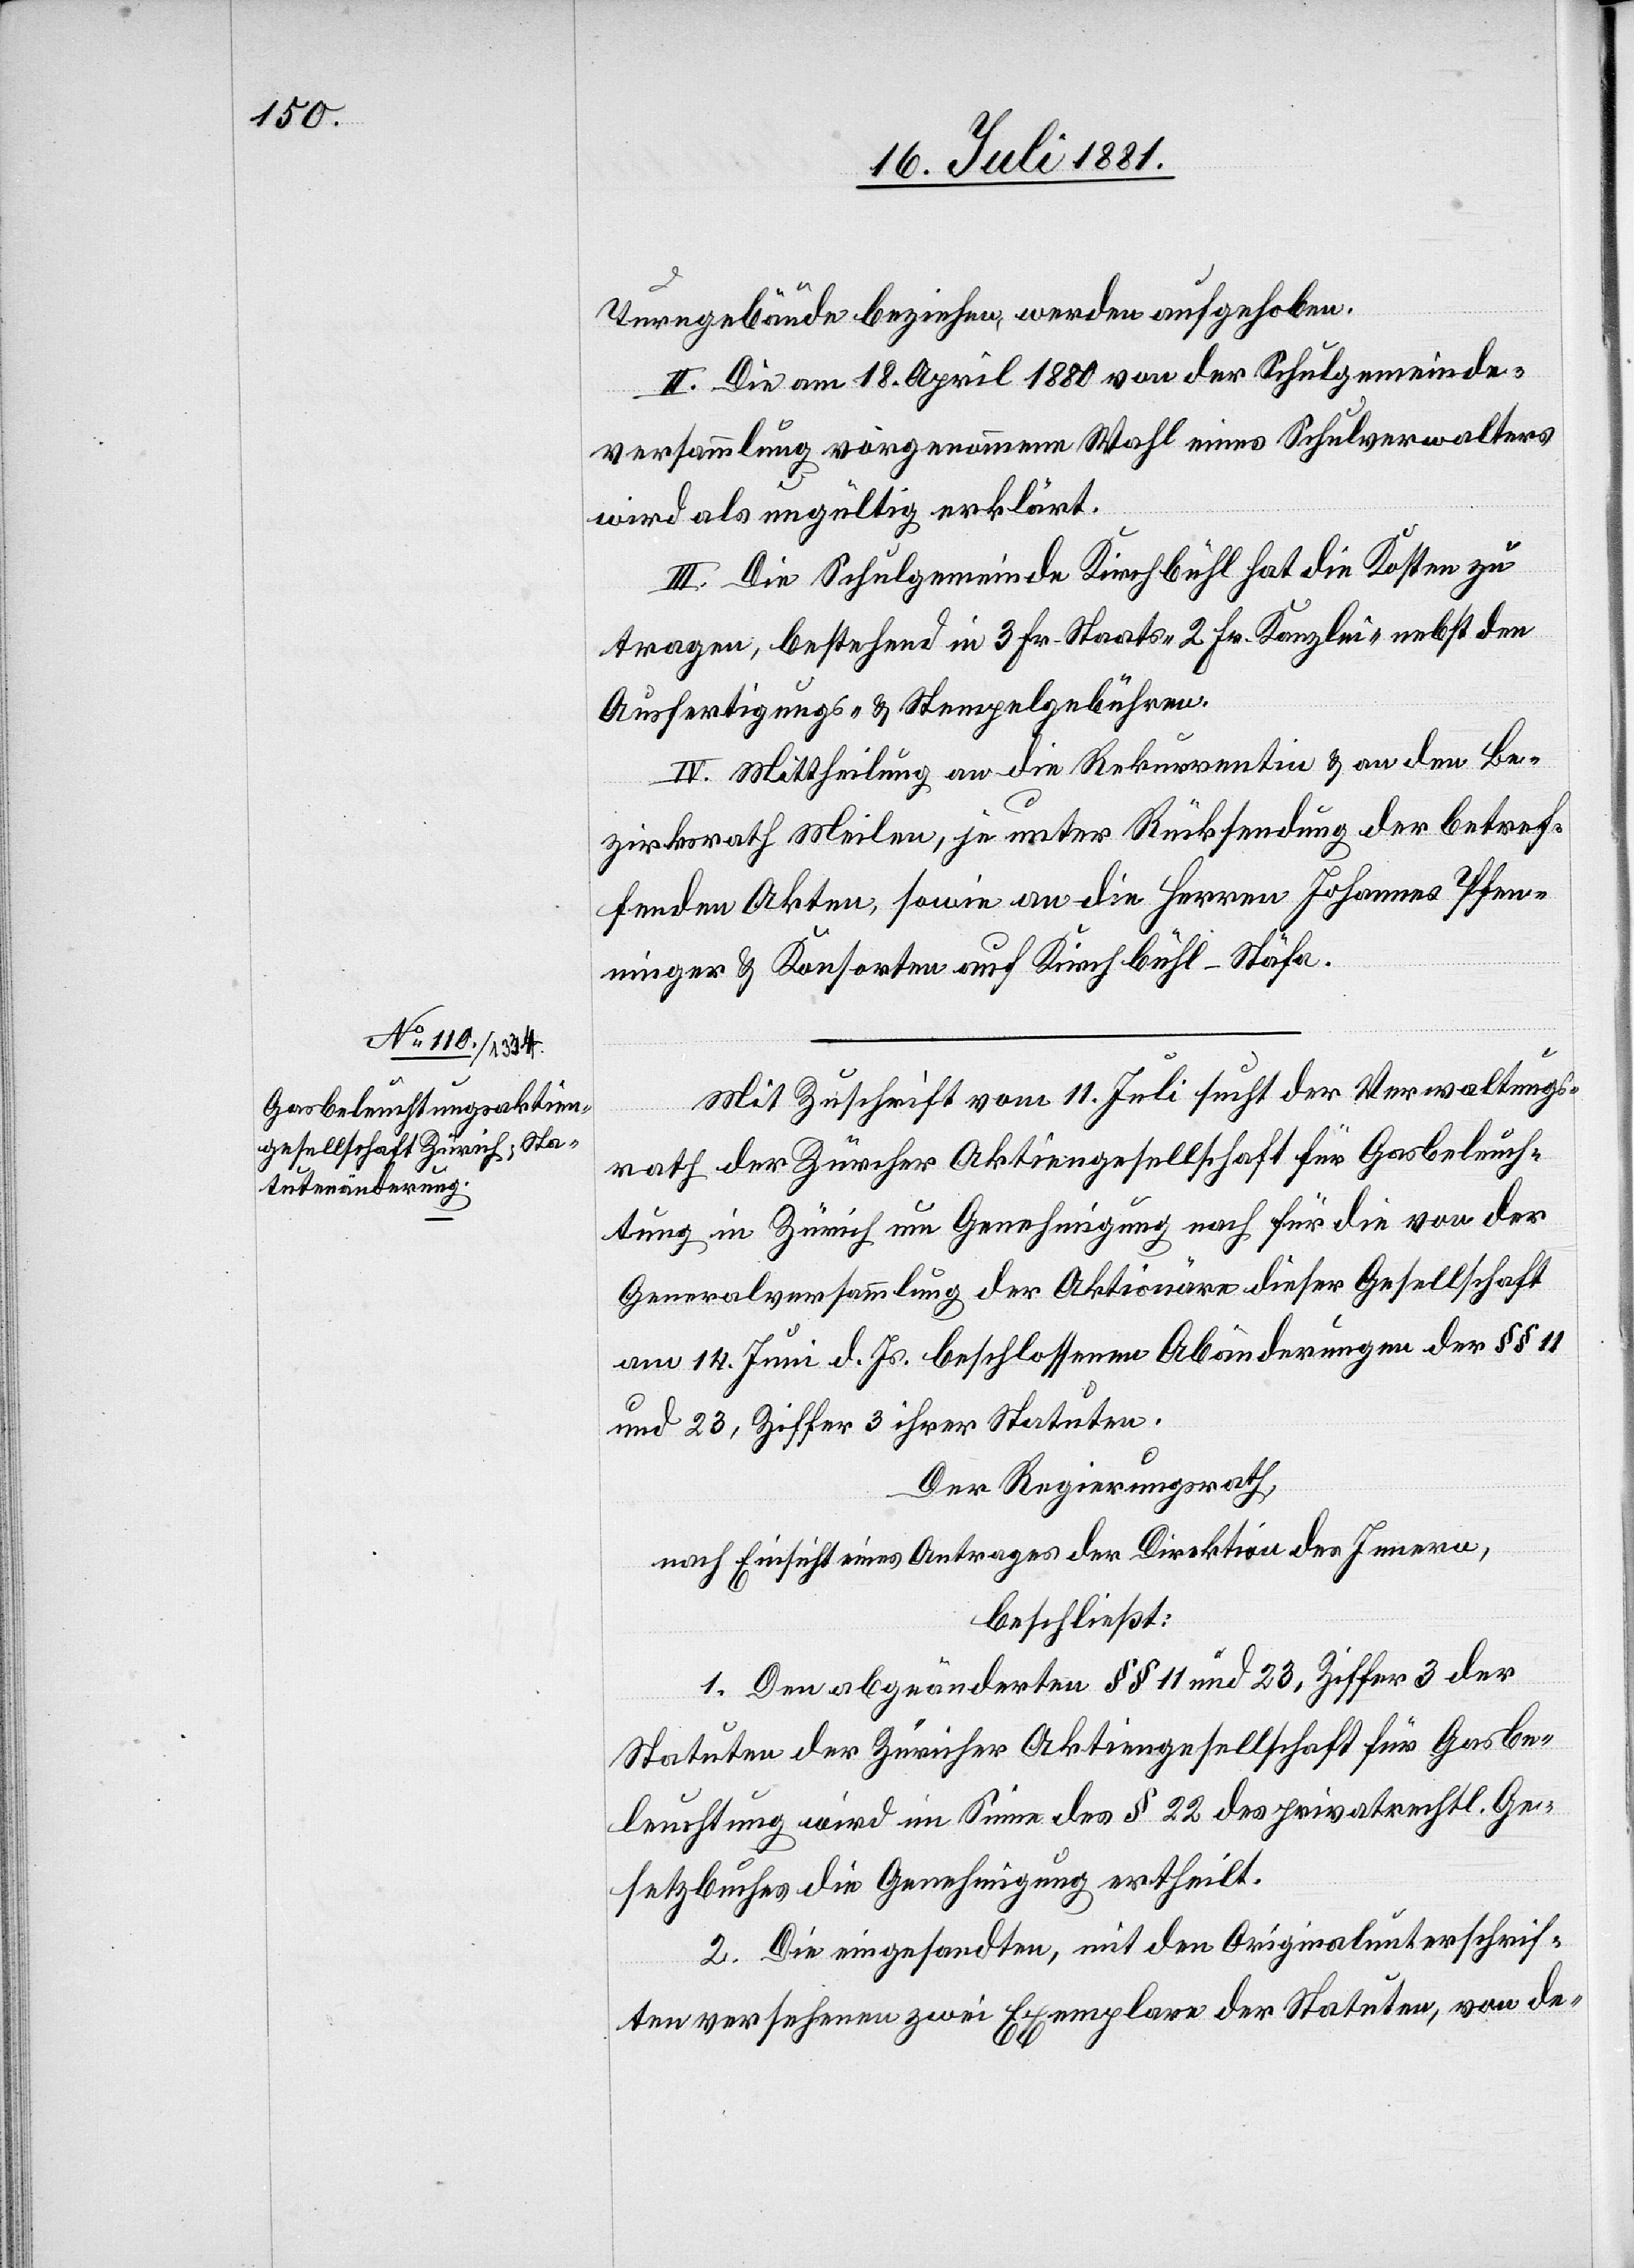
Turngebäude beziehen, werden aufgehoben.
II. Die am 18. April 1880 von der Schulgemeinde¬
versammlung vorgenommene Wahl eines Schulverwalters
wird als ungültig erklärt.
III. Die Schulgemeinde Kirchbühl hat die Kosten zu
tragen, bestehend in 3 Fr. Kanzlei- nebst den Ausfertigungs-
IV. Mittheilung an die Rekurrentin & an den Be¬
zirksrath Meilen, je unter Rücksendung der betref¬
fenden Akten, sowie an die Herren Johannes Pfen¬
ninger & Konsorten aus Kirchbühl - Stäfa.
Mit Zuschrift vom 11. Juli sucht der Verwaltungs¬
rath der Zürcher Aktiengesellschaft für Gasbeleuchtung
Generalversammlung der Aktionäre dieser Gesellschaft
am 14. Juni d. Js. beschlossenen Abänderungen der §§ 11
und 23, Ziffer 3 ihrer Statuten.
Der Regierungsrath,
nach Einsicht eines Antrages der Direktion des Innern,
beschließt:
1. Den abgeänderten §§ 11 und 23, Ziffer 3 der
Statuten der Züricher Aktiengesellschaft für Gasbe¬
leuchtung wird im Sinne des § 22 des privatrechtli. Ge¬
setzbuches die Genehmigung ertheilt.
2. Die eingeforderten, mit den Originalunterschrif¬
ten versehenen zwei Exemplare der Statuten, von de-